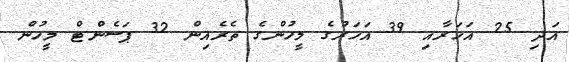
އަދި 25 އަހަރާއި 39 އަހަރުގެ މީހުންގެ ތެރެއިން 32 ޕަސެންޓް މީހުން